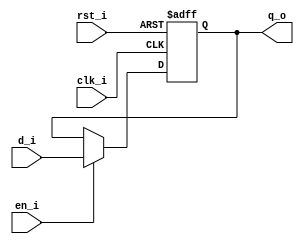
// Name: ff_hab.v
//
// Simple flip-flop with asynchronous Reset and Enable
module ff_hab #(
  parameter Width = 32
) (
  input                  rst_i,
  input                  clk_i,
  input                  en_i,
  input      [Width-1:0] d_i,
  output reg [Width-1:0] q_o 
);

  wire [Width-1:0] mux_out;

  assign mux_out = en_i ? d_i : q_o ;
	
  always @(posedge clk_i, posedge rst_i) begin
    if (rst_i) begin 
      q_o <= 0;
    end else begin
      q_o <= mux_out;
    end
  end
	
endmodule